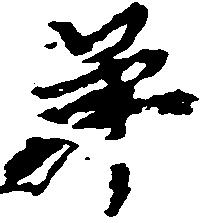
弟